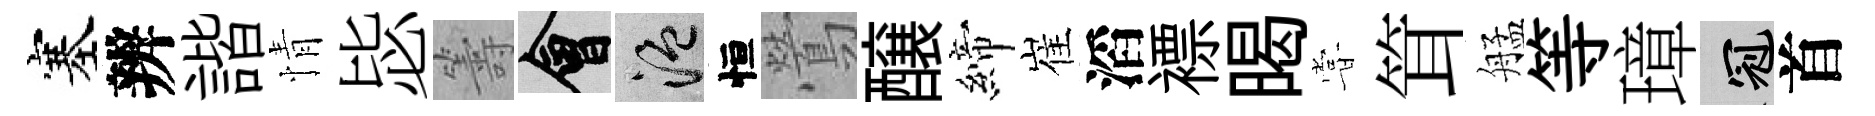
塞辨諧情毖籌會温恒鶯醸締崔滔褾暍甞䇯艋等璋冠首